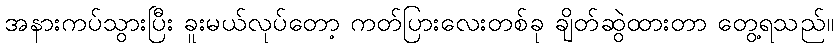
အနားကပ်သွားပြီး ခူးမယ်လုပ်တော့ ကတ်ပြားလေးတစ်ခု ချိတ်ဆွဲထားတာ တွေ့ရသည်။